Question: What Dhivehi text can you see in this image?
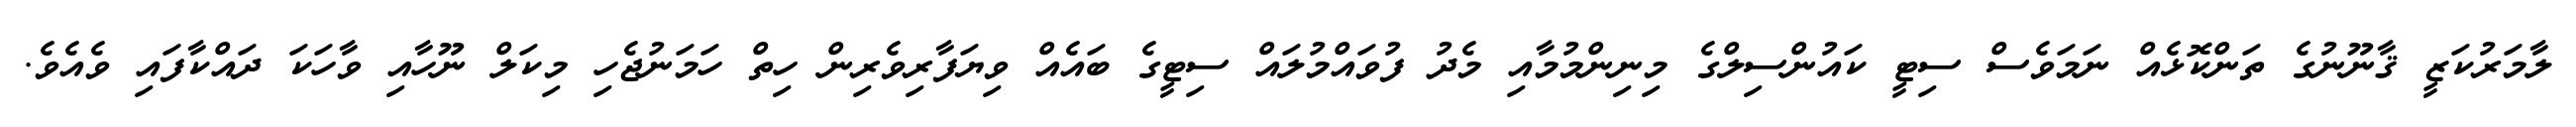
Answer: ލާމަރުކަޒީ ޤާނޫނުގެ ތަންކޮޅެއް ނަމަވެސް ސިޓީ ކައުންސިލްގެ މިނިންމުމާއި މެދު ފުވައްމުލައް ސިޓީގެ ބައެއް ވިޔަފާރިވެރިން ހިތް ހަމަނުޖެހި މިކަލް ނޫހާއި ވާހަކަ ދައްކާފައި ވެއެވެ.